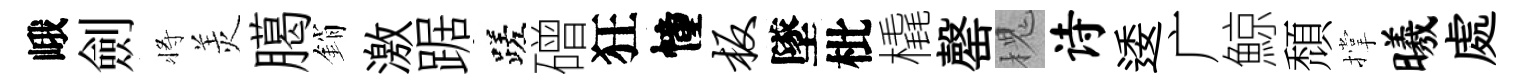
峨劍将羙臈銷激踞蹉磳狂幢板墜枇橇罄槐诗逶广鯨頹撑曦處